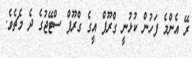
ރޭ އެންމެ ފަހުން ކުޅުނީ ގްރޫޕް އީގެ ގްރޫޕް ސްޓޭޖުގެ ދެ މެޗެވެ.